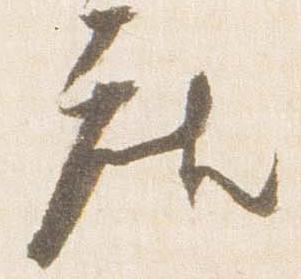
座